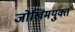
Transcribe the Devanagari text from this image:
जोखिमयु्क्त